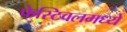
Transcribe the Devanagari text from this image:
फेस्टिवलमध्ये